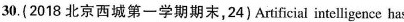
30.(2018 北京西城第一学期期末,24) Artificial intelligence has